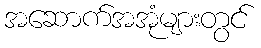
အဆောက်အအုံများတွင်